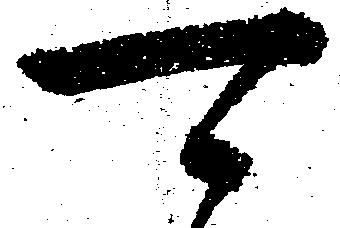
可